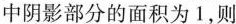
中阴影部分的面积为1，则